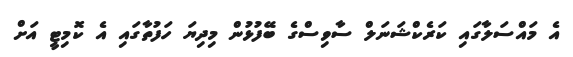
އެ މައްސަލާގައި ކަރެކްޝަނަލް ސާވިސްގެ ބޭފުޅުން މިިދިޔަ ހަފުތާގައި އެ ކޮމިޓީ އަށް